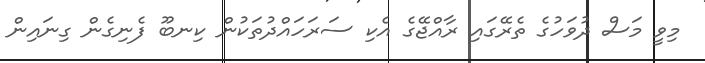
މިވީ މަސް ދުވަހުގެ ތެރޭގައި ރާއްޖޭގެ އެކި ސަރަހައްދުތަކުން ކިނބޫ ފެނިގެން ގިނައިން